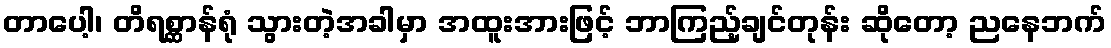
တာပေါ့၊ တိရစ္ဆာန်ရုံ သွားတဲ့အခါမှာ အထူးအားဖြင့် ဘာကြည့်ချင်တုန်း ဆိုတော့ ညနေဘက်